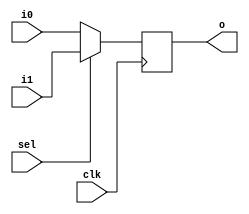
module half_adder(sel, i0, i1, clk, o);
    input sel, i0, i1, clk;
    output reg o;   
    
    always @ (posedge clk) 
        begin
            if(!sel)
                o <= i0;
            else
                o <= i1;
        end
endmodule